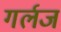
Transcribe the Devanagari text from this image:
गर्लज